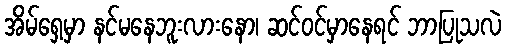
အိမ်ရှေ့မှာ နင်မနေဘူးလားနော၊ ဆင်ဝင်မှာနေရင် ဘာပြုသလဲ